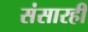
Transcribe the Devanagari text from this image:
संसारही